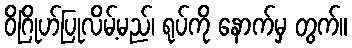
ဝိဂြိုဟ်ပြုလိမ့်မည်၊ ရုပ်ကို နောက်မှ တွက်။